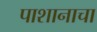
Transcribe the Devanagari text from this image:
पाशानाचा